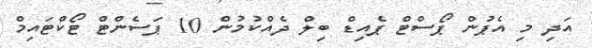
އަދި މި އެޕުން ޕޯސްޓް ޕެއިޑް ބިލް ދެއްކުމުން 10 ޕަސެންޓް ޓޯކްޓައިމް